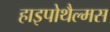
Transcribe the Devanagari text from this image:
हाइपोथैल्मस